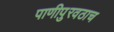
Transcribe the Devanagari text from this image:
पाणीपुरवठाच